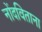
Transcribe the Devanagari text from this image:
नोंदविताना